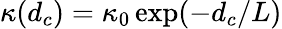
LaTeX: \kappa(d_{c})=\kappa_{0}\exp(-d_{c}/L)